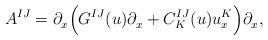
LaTeX: \begin{align*}A ^{IJ}=\partial_x^{}\Big(G^{IJ}(u)\partial_x^{} + C^{IJ}_K(u) u^K_x\Big)\partial_x^{}, \end{align*}